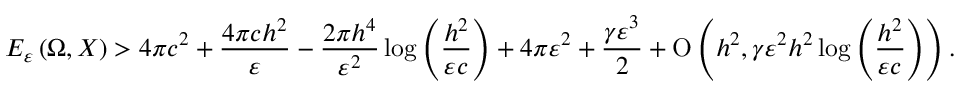
E _ { \varepsilon } \left( \Omega , X \right) > 4 \pi c ^ { 2 } + \frac { 4 \pi c h ^ { 2 } } { \varepsilon } - \frac { 2 \pi h ^ { 4 } } { \varepsilon ^ { 2 } } \log { \left( \frac { h ^ { 2 } } { \varepsilon c } \right) } + 4 \pi \varepsilon ^ { 2 } + \frac { \gamma \varepsilon ^ { 3 } } { 2 } + \ensuremath { \operatorname { O } \left( h ^ { 2 } , \gamma \varepsilon ^ { 2 } h ^ { 2 } \log { \left( \frac { h ^ { 2 } } { \varepsilon c } \right) } \right) } .